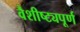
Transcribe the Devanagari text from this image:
वैशीष्ट्यपूर्ण